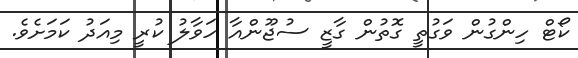
ކޯޓް ހިންގުން ވަގުތީ ގޮތުން ގާޒީ ސުޖޫންއާ ހަވާލު ކުރީ މިއަދު ކަމަށެވެ.